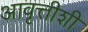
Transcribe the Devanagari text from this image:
आवृत्तीशी